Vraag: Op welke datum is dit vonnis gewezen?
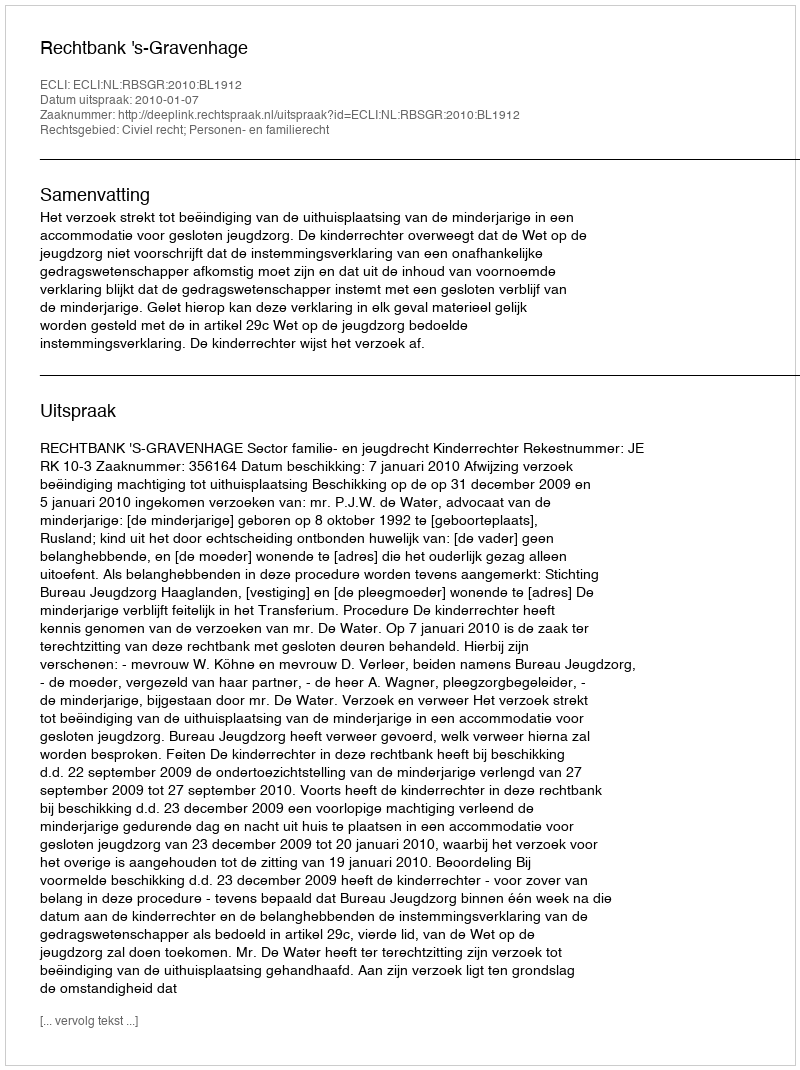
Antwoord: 2010-01-07